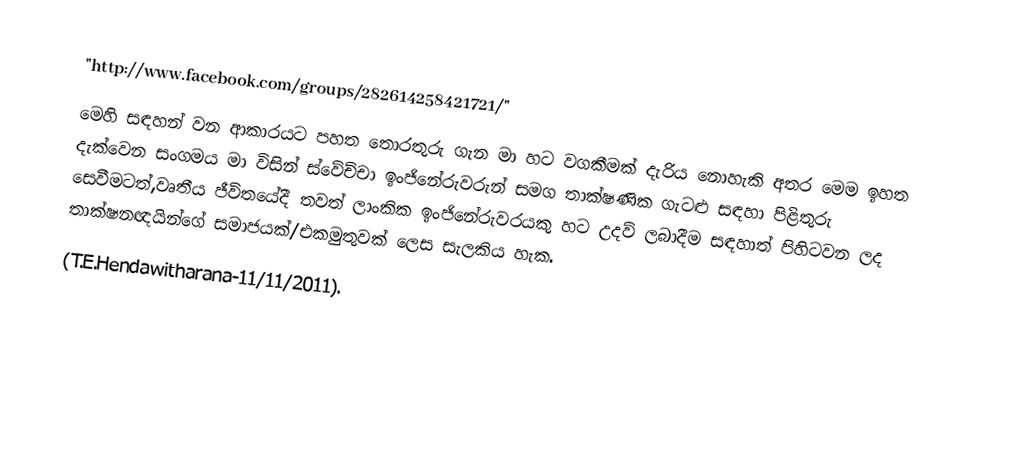
"http://www.facebook.com/groups/282614258421721/"
මෙහි සඳහන් වන ආකාරයට පහත තොරතුරු ගැන මා හට වගකීමක් දැරිය නොහැකි අතර මෙම ඉහත දැක්වෙන සංගමය මා විසින් ස්වේච්චා ඉංජිනේරුවරුන් සමග තාක්ෂණික ගැටළු සඳහා පිළිතුරු සෙවීමටත්,වෘතීය ජීවිතයේදී තවත් ලාංකික ඉංජිනේරුවරයකු හට උදව් ලබාදීම සඳහාත් පිහිටවන ලද තාක්ෂනඥයින්ගේ සමාජයක්/එකමුතුවක් ලෙස සැලකිය හැක.
(T.E.Hendawitharana-11/11/2011).